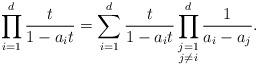
LaTeX: \begin{align*}& \prod_{i=1}^d \frac{t}{1-a_i t}= \sum_{i=1}^d \frac{t}{1-a_i t}\prod^d_{\substack{ j=1\\ j\neq i}} \frac{1}{a_i-a_j}.\end{align*}